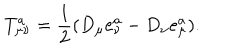
T _ { \mu \nu } ^ { a } = \frac 1 2 ( D _ { \mu } e _ { \nu } ^ { a } - D _ { \nu } e _ { \mu } ^ { a } ) .